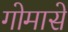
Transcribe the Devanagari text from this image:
गोमासे